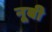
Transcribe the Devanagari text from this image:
नूबी